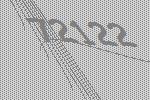
72122